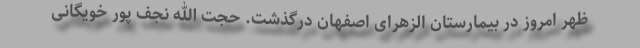
ظهر امروز در بیمارستان الزهرای اصفهان درگذشت. حجت الله نجف پور خویگانی